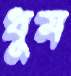
ধুম